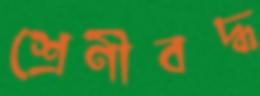
শ্রেণীবদ্ধ